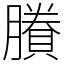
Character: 賸